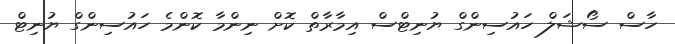
ހާސް ސޯޝަލް ހައުސިންގް ޔުނިޓްސް އިމާރާތް ކޮށް ނިންމާ ކޮންމެ ހައުސިންގް ޔުނިޓް